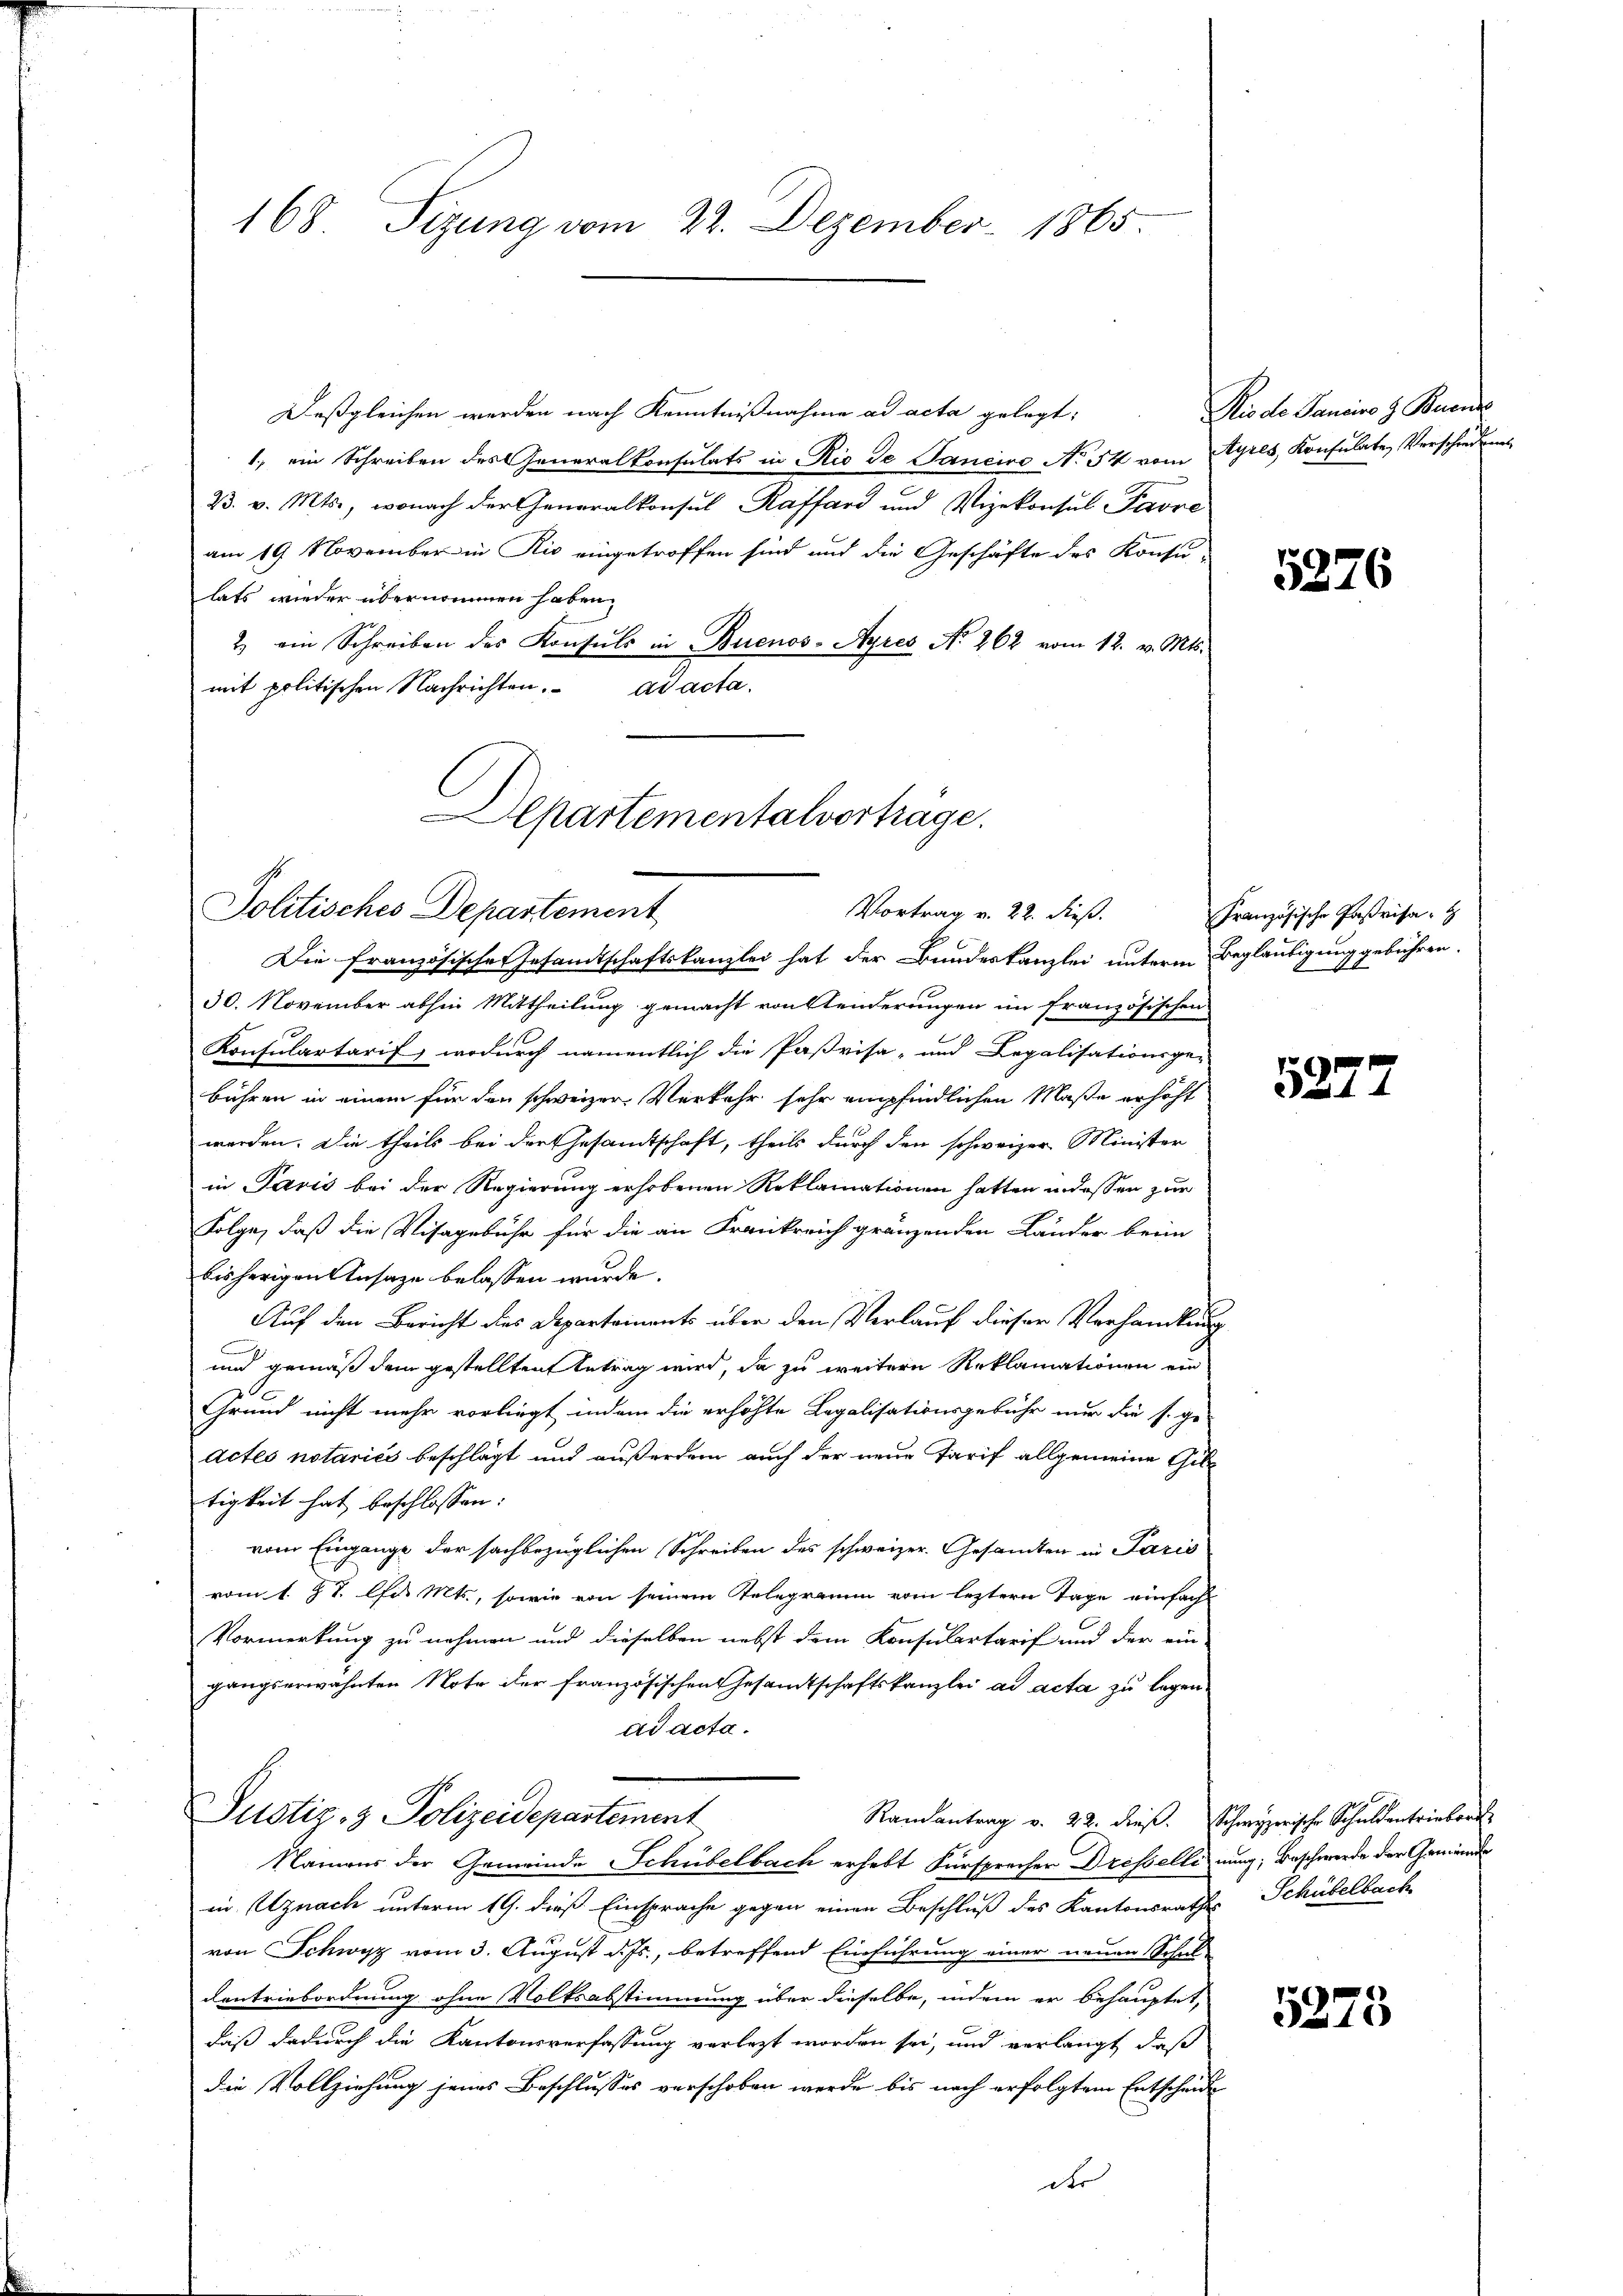
168. Sizung vom 22. Dezember 1865.

Deßgleichen werden nach Kenntnißnahme ad acta gelegt:
1, ein Schreiben des Generalkonsulats in Rio de Janeiro No 54 vom Ayres Konsulate Verschiedung
B. v. Mts., wonach der Generalkonsul Raffard und Vizekonsul Pavre
am 19. November in Rio eingetroffen sind und die Geschäfte des Konsu-
lats wieder übernommen haben.
2 ein Schreiben des Konsuls in Buenos-Ayres No 262 vom 12. v. Mts.
mit politischen Nachrichten. ad acta.

Departementalverträge.
Politisches Departement
Vortrag v. 22. dieß.

Die französisches Gesamtschaftskanzlei hat der Bundeskanzlei unterm Beglaubigung gebühren.
30. November abhin Mittheilung gemacht von Stunderungen im französischen
Konsulartarif, wodurch namentlich die Paßvisa- und Legalisationsge-
bühren in einem für den schweizer Verkehr sehr empfindlichen Maße erhöht
werden. Die theils bei der Gesamtschaft, theils durch den schweizer Minister
in Paris bei der Regierung erhobenen Reklamationen hatten in dessen zur
Folge, daß die Visagebühr für die an Frankreich gränzenden Länder beim
bisherigen Ansage belassen wurde.
Auf den Bericht des Departements über den Verlauf dieser Verhandlung
und gemäß dem gestellten Antrag wird, da zu weitere Reklamationen ein
Grund nicht mehr vorliegt indem die erhöhte Legalisationsgebühr nur die s. ge-
actes notaries beschlägt und außerdem auch der neue Tarif allgemeine Giltigkeit hat beschlossen:
vom Eingange der sachbezüglichen Schreiben des schweizer. Gesamten in Paris
vom 1. J. J. bis Mts., sowie von seinem Telegramm vom leztern Tage einfach¬
Vormerkung zu nehmen und dieselben nebst dem Konsulartarif und der ein-
gangserwähnten Note der französischen Gesamtschaftskanzlei ad acta zu legenad acta.
Justiz- & Polizeidepartement
Randantrag v. 22. dies. Schwyzerische Schuldentrieber
Namens der Gemeinde Schübelbach erhebt Fürspracher Dressellinung, Beschwerde der Gemeinde
in Uznach unterm 19. dieß Einsprache gegen einen Beschluß des Kantonsrathes Schübelbach
von Schwyz vom 3. August d. Js., betreffend Einführung einer neuen Schul¬
Centriebordnung ohne Volksabstimmung über dieselbe, indem er behauptet,
daß dadurch die Kantonsverfassung verlezt worden sei, und verlangt, daß
die Vollziehung jenes Beschlusses verschoben werde bis nach erfolgtem Entscheide
der

Rio de Janeiro z. Bunde

5276

Französische Parisa

5277

5275